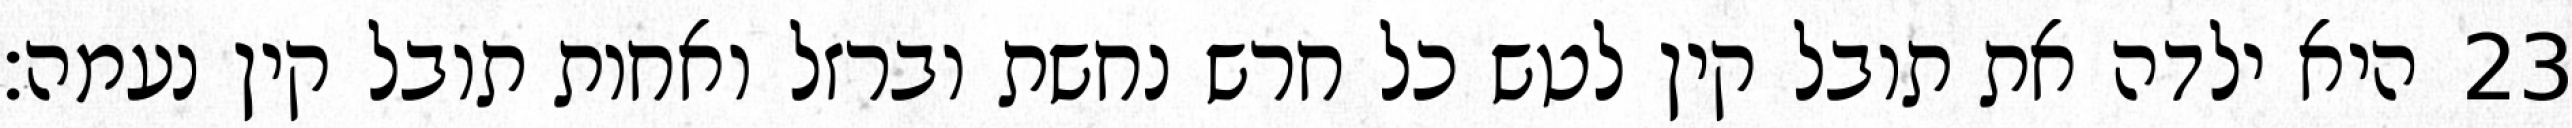
היא ילדה את תובל קין לטש כל חרש נחשת וברזל ואחות תובל קין נעמה׃ ‎23‏